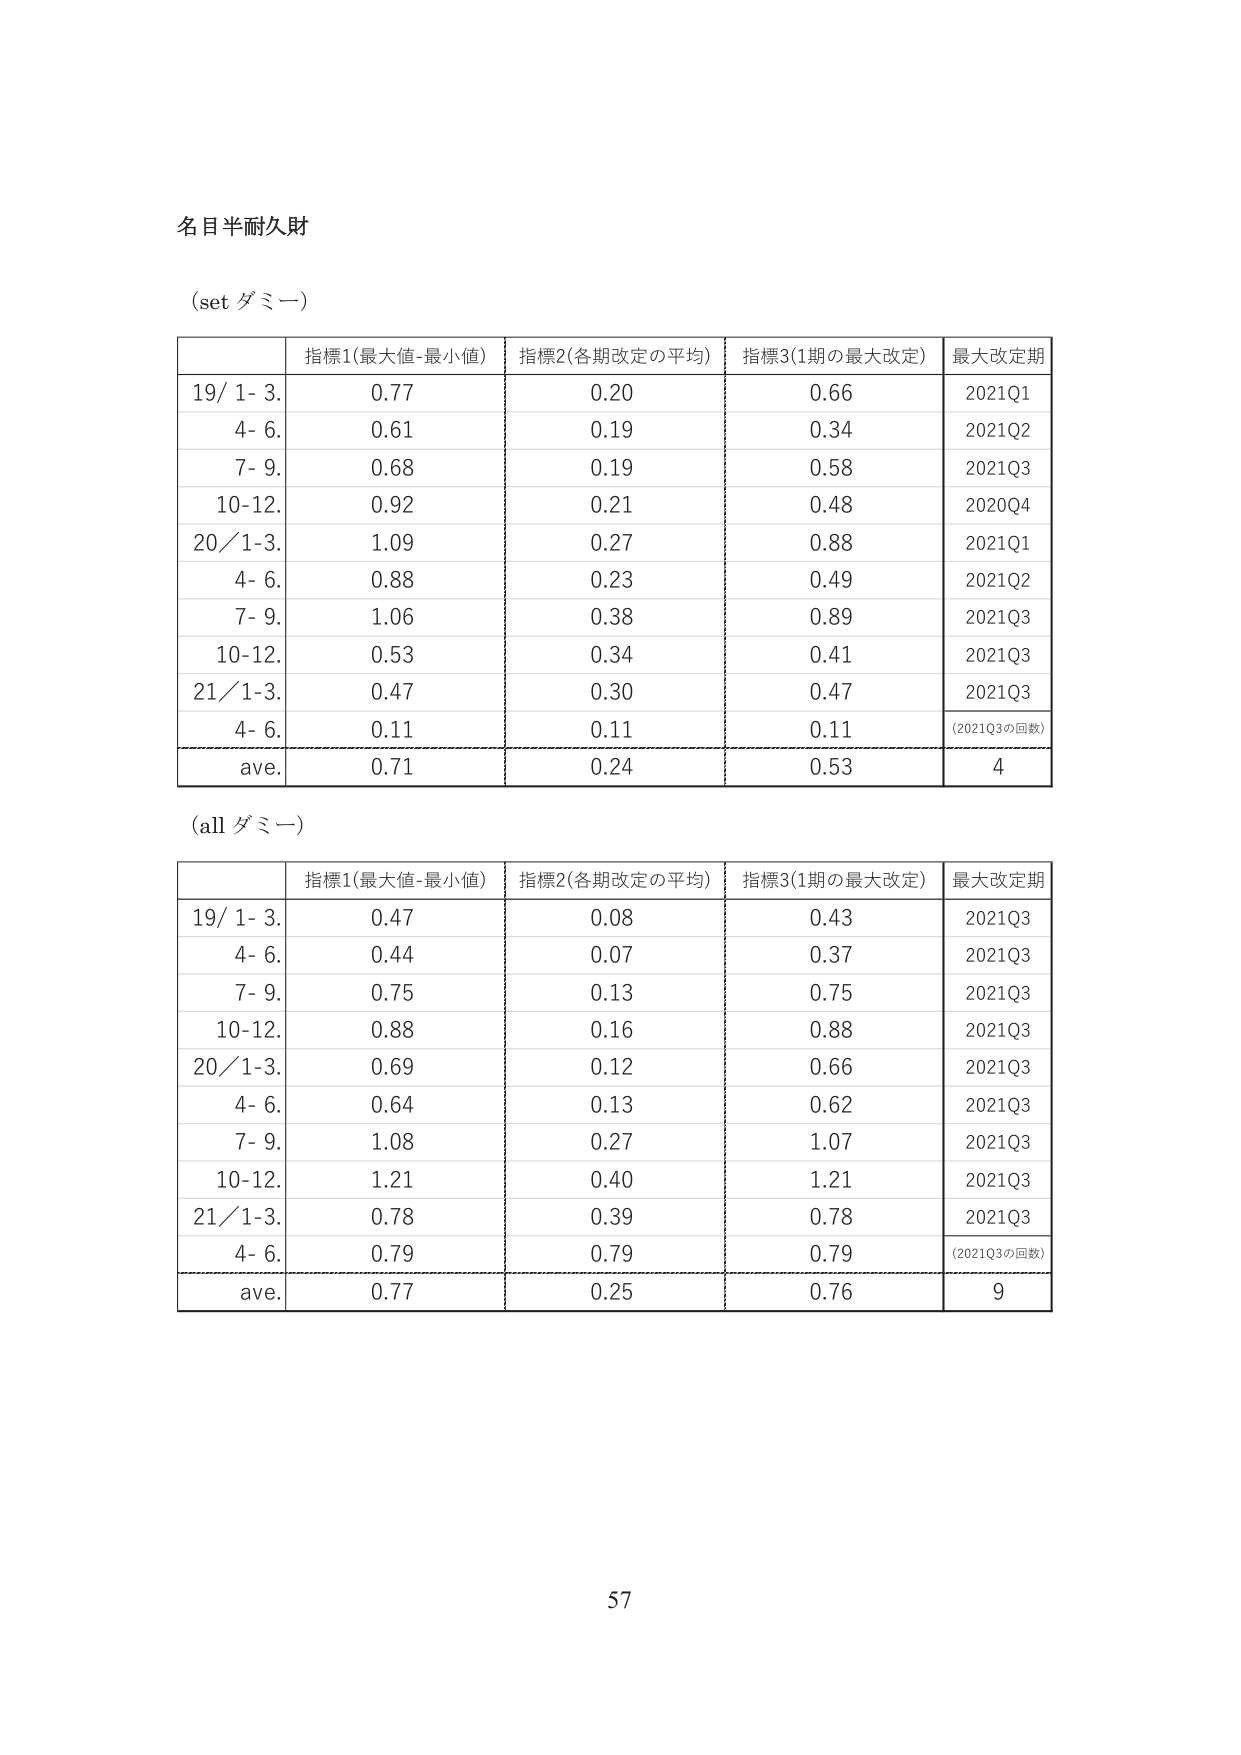
名目半耐久財

(set ダミー)

| | 指標1(最大値-最小値) | 指標2(各期改定の平均) | 指標3(1期の最大改定) | 最大改定期 |
|---|---|---|---|---|
| 19/ 1- 3. | 0.77 | 0.20 | 0.66 | 2021Q1 |
| 4- 6. | 0.61 | 0.19 | 0.34 | 2021Q2 |
| 7- 9. | 0.68 | 0.19 | 0.58 | 2021Q3 |
| 10-12. | 0.92 | 0.21 | 0.48 | 2020Q4 |
| 20/ 1-3. | 1.09 | 0.27 | 0.88 | 2021Q1 |
| 4- 6. | 0.88 | 0.23 | 0.49 | 2021Q2 |
| 7- 9. | 1.06 | 0.38 | 0.89 | 2021Q3 |
| 10-12. | 0.53 | 0.34 | 0.41 | 2021Q3 |
| 21/ 1-3. | 0.47 | 0.30 | 0.47 | 2021Q3 |
| 4- 6. | 0.11 | 0.11 | 0.11 | (2021Q3の回数) |
| ave. | 0.71 | 0.24 | 0.53 | 4 |

(all ダミー)

| | 指標1(最大値-最小値) | 指標2(各期改定の平均) | 指標3(1期の最大改定) | 最大改定期 |
|---|---|---|---|---|
| 19/ 1- 3. | 0.47 | 0.08 | 0.43 | 2021Q3 |
| 4- 6. | 0.44 | 0.07 | 0.37 | 2021Q3 |
| 7- 9. | 0.75 | 0.13 | 0.75 | 2021Q3 |
| 10-12. | 0.88 | 0.16 | 0.88 | 2021Q3 |
| 20/ 1-3. | 0.69 | 0.12 | 0.66 | 2021Q3 |
| 4- 6. | 0.64 | 0.13 | 0.62 | 2021Q3 |
| 7- 9. | 1.08 | 0.27 | 1.07 | 2021Q3 |
| 10-12. | 1.21 | 0.40 | 1.21 | 2021Q3 |
| 21/ 1-3. | 0.78 | 0.39 | 0.78 | 2021Q3 |
| 4- 6. | 0.79 | 0.79 | 0.79 | (2021Q3の回数) |
| ave. | 0.77 | 0.25 | 0.76 | 9 |

57